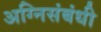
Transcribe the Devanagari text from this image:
अग्निसंबंधी